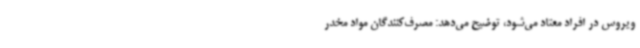
ویروس در افراد معتاد می‌شود، توضیح می‌دهد: مصرف‌کنندگان مواد مخدر